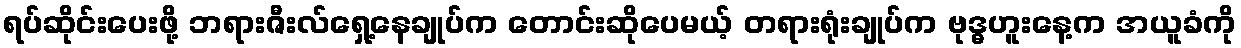
ရပ်ဆိုင်းပေးဖို့ ဘရားဇီးလ်ရှေ့နေချုပ်က တောင်းဆိုပေမယ့် တရားရုံးချုပ်က ဗုဒ္ဓဟူးနေ့က အယူခံကို